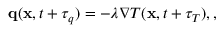
\begin{array} { r } { \mathbf q ( \mathbf x , t + \tau _ { q } ) = - \lambda \nabla T ( \mathbf x , t + \tau _ { T } ) , , } \end{array}